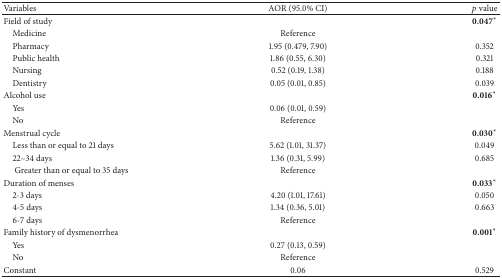
| Variables | AOR (95.0% CI) | p value |
 | --- | --- | --- |
 | Field of study |  | 0.047∗ |
 | Medicine | Reference |  |
 | Pharmacy | 1.95 (0.479, 7.90) | 0.352 |
 | Public health | 1.86 (0.55, 6.30) | 0.321 |
 | Nursing | 0.52 (0.19, 1.38) | 0.188 |
 | Dentistry | 0.05 (0.01, 0.85) | 0.039 |
 | Alcohol use |  | 0.016∗ |
 | Yes | 0.06 (0.01, 0.59) |  |
 | No | Reference |  |
 | Menstrual cycle |  | 0.030∗ |
 | Less than or equal to 21 days | 5.62 (1.01, 31.37) | 0.049 |
 | 22–34 days | 1.36 (0.31, 5.99) | 0.685 |
 | Greater than or equal to 35 days | Reference |  |
 | Duration of menses |  | 0.033∗ |
 | 2-3 days | 4.20 (1.01, 17.61) | 0.050 |
 | 4-5 days | 1.34 (0.36, 5.01) | 0.663 |
 | 6-7 days | Reference |  |
 | Family history of dysmenorrhea |  | 0.001∗ |
 | Yes | 0.27 (0.13, 0.59) |  |
 | No | Reference |  |
 | Constant | 0.06 | 0.529 |